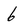
Character: 6